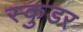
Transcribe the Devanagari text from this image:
स्कुडर